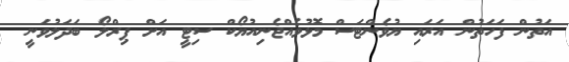
އަތުން ފަހަތުން އަރައި ޔުވެންޓަސް މޮޅުވެއްޖެނިއުޔޯކް ސިޓީ އަށް ޕިރްލޯ ބަދަލުވަނީ